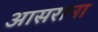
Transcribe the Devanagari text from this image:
आसराना